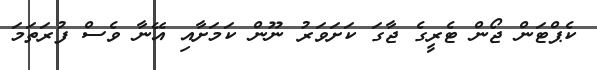
ކެޕްޓަން ޖޯން ޓެރީގެ ޖާގަ ކަށަވަރު ނޫން ކަމަށާއި އޭނާ ވެސް ފުރަތަމަ